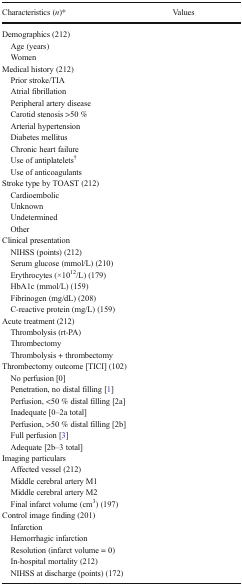
<table><thead><tr><td><b>Characteristics (<i>n</i>)*</b></td><td><b>Values</b></td></tr></thead><tbody><tr><td colspan="2">Demographics (212)</td></tr><tr><td> Age (years)</td><td>[EMPTY_CELL]</td></tr><tr><td> Women</td><td>[EMPTY_CELL]</td></tr><tr><td colspan="2">Medical history (212)</td></tr><tr><td> Prior stroke/TIA</td><td>[EMPTY_CELL]</td></tr><tr><td> Atrial fibrillation</td><td>[EMPTY_CELL]</td></tr><tr><td> Peripheral artery disease</td><td>[EMPTY_CELL]</td></tr><tr><td> Carotid stenosis &gt;50 %</td><td>[EMPTY_CELL]</td></tr><tr><td> Arterial hypertension</td><td>[EMPTY_CELL]</td></tr><tr><td> Diabetes mellitus</td><td>[EMPTY_CELL]</td></tr><tr><td> Chronic heart failure</td><td>[EMPTY_CELL]</td></tr><tr><td> Use of antiplatelets<sup>†</sup></td><td>[EMPTY_CELL]</td></tr><tr><td> Use of anticoagulants</td><td>[EMPTY_CELL]</td></tr><tr><td colspan="2">Stroke type by TOAST (212)</td></tr><tr><td> Cardioembolic</td><td>[EMPTY_CELL]</td></tr><tr><td> Unknown</td><td>[EMPTY_CELL]</td></tr><tr><td> Undetermined</td><td>[EMPTY_CELL]</td></tr><tr><td> Other</td><td>[EMPTY_CELL]</td></tr><tr><td colspan="2">Clinical presentation</td></tr><tr><td> NIHSS (points) (212)</td><td>[EMPTY_CELL]</td></tr><tr><td> Serum glucose (mmol/L) (210)</td><td>[EMPTY_CELL]</td></tr><tr><td> Erythrocytes (×10<sup>12</sup>/L) (179)</td><td>[EMPTY_CELL]</td></tr><tr><td> HbA1c (mmol/L) (159)</td><td>[EMPTY_CELL]</td></tr><tr><td> Fibrinogen (mg/dL) (208)</td><td>[EMPTY_CELL]</td></tr><tr><td> C-reactive protein (mg/L) (159)</td><td>[EMPTY_CELL]</td></tr><tr><td colspan="2">Acute treatment (212)</td></tr><tr><td> Thrombolysis (rt-PA)</td><td>[EMPTY_CELL]</td></tr><tr><td> Thrombectomy</td><td>[EMPTY_CELL]</td></tr><tr><td> Thrombolysis + thrombectomy</td><td>[EMPTY_CELL]</td></tr><tr><td colspan="2">Thrombectomy outcome [TICI] (102)</td></tr><tr><td> No perfusion [0]</td><td>[EMPTY_CELL]</td></tr><tr><td> Penetration, no distal filling [1]</td><td>[EMPTY_CELL]</td></tr><tr><td> Perfusion, &lt;50 % distal filling [2a]</td><td>[EMPTY_CELL]</td></tr><tr><td> Inadequate [0–2a total]</td><td>[EMPTY_CELL]</td></tr><tr><td> Perfusion, &gt;50 % distal filling [2b]</td><td>[EMPTY_CELL]</td></tr><tr><td> Full perfusion [3]</td><td>[EMPTY_CELL]</td></tr><tr><td> Adequate [2b–3 total]</td><td>[EMPTY_CELL]</td></tr><tr><td colspan="2">Imaging particulars</td></tr><tr><td> Affected vessel (212)</td><td>[EMPTY_CELL]</td></tr><tr><td> Middle cerebral artery M1</td><td>[EMPTY_CELL]</td></tr><tr><td> Middle cerebral artery M2</td><td>[EMPTY_CELL]</td></tr><tr><td> Final infarct volume (cm<sup>3</sup>) (197)</td><td>[EMPTY_CELL]</td></tr><tr><td colspan="2">Control image finding (201)</td></tr><tr><td> Infarction</td><td>[EMPTY_CELL]</td></tr><tr><td> Hemorrhagic infarction</td><td>[EMPTY_CELL]</td></tr><tr><td> Resolution (infarct volume = 0)</td><td>[EMPTY_CELL]</td></tr><tr><td> In-hospital mortality (212)</td><td>[EMPTY_CELL]</td></tr><tr><td> NIHSS at discharge (points) (172)</td><td>[EMPTY_CELL]</td></tr></tbody></table>